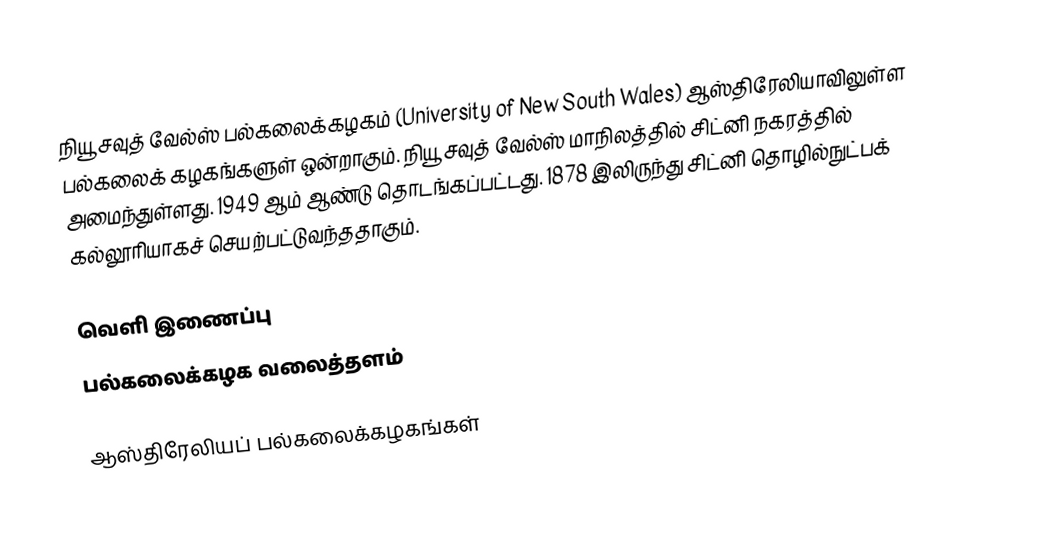
நியூ சவுத் வேல்ஸ் பல்கலைக்கழகம் (University of New South Wales) ஆஸ்திரேலியாவிலுள்ள பல்கலைக் கழகங்களுள் ஒன்றாகும். நியூ சவுத் வேல்ஸ் மாநிலத்தில் சிட்னி நகரத்தில் அமைந்துள்ளது. 1949 ஆம் ஆண்டு தொடங்கப்பட்டது. 1878 இலிருந்து சிட்னி தொழில்நுட்பக் கல்லூரியாகச் செயற்பட்டுவந்ததாகும்.

வெளி இணைப்பு
 பல்கலைக்கழக வலைத்தளம்

ஆஸ்திரேலியப் பல்கலைக்கழகங்கள்